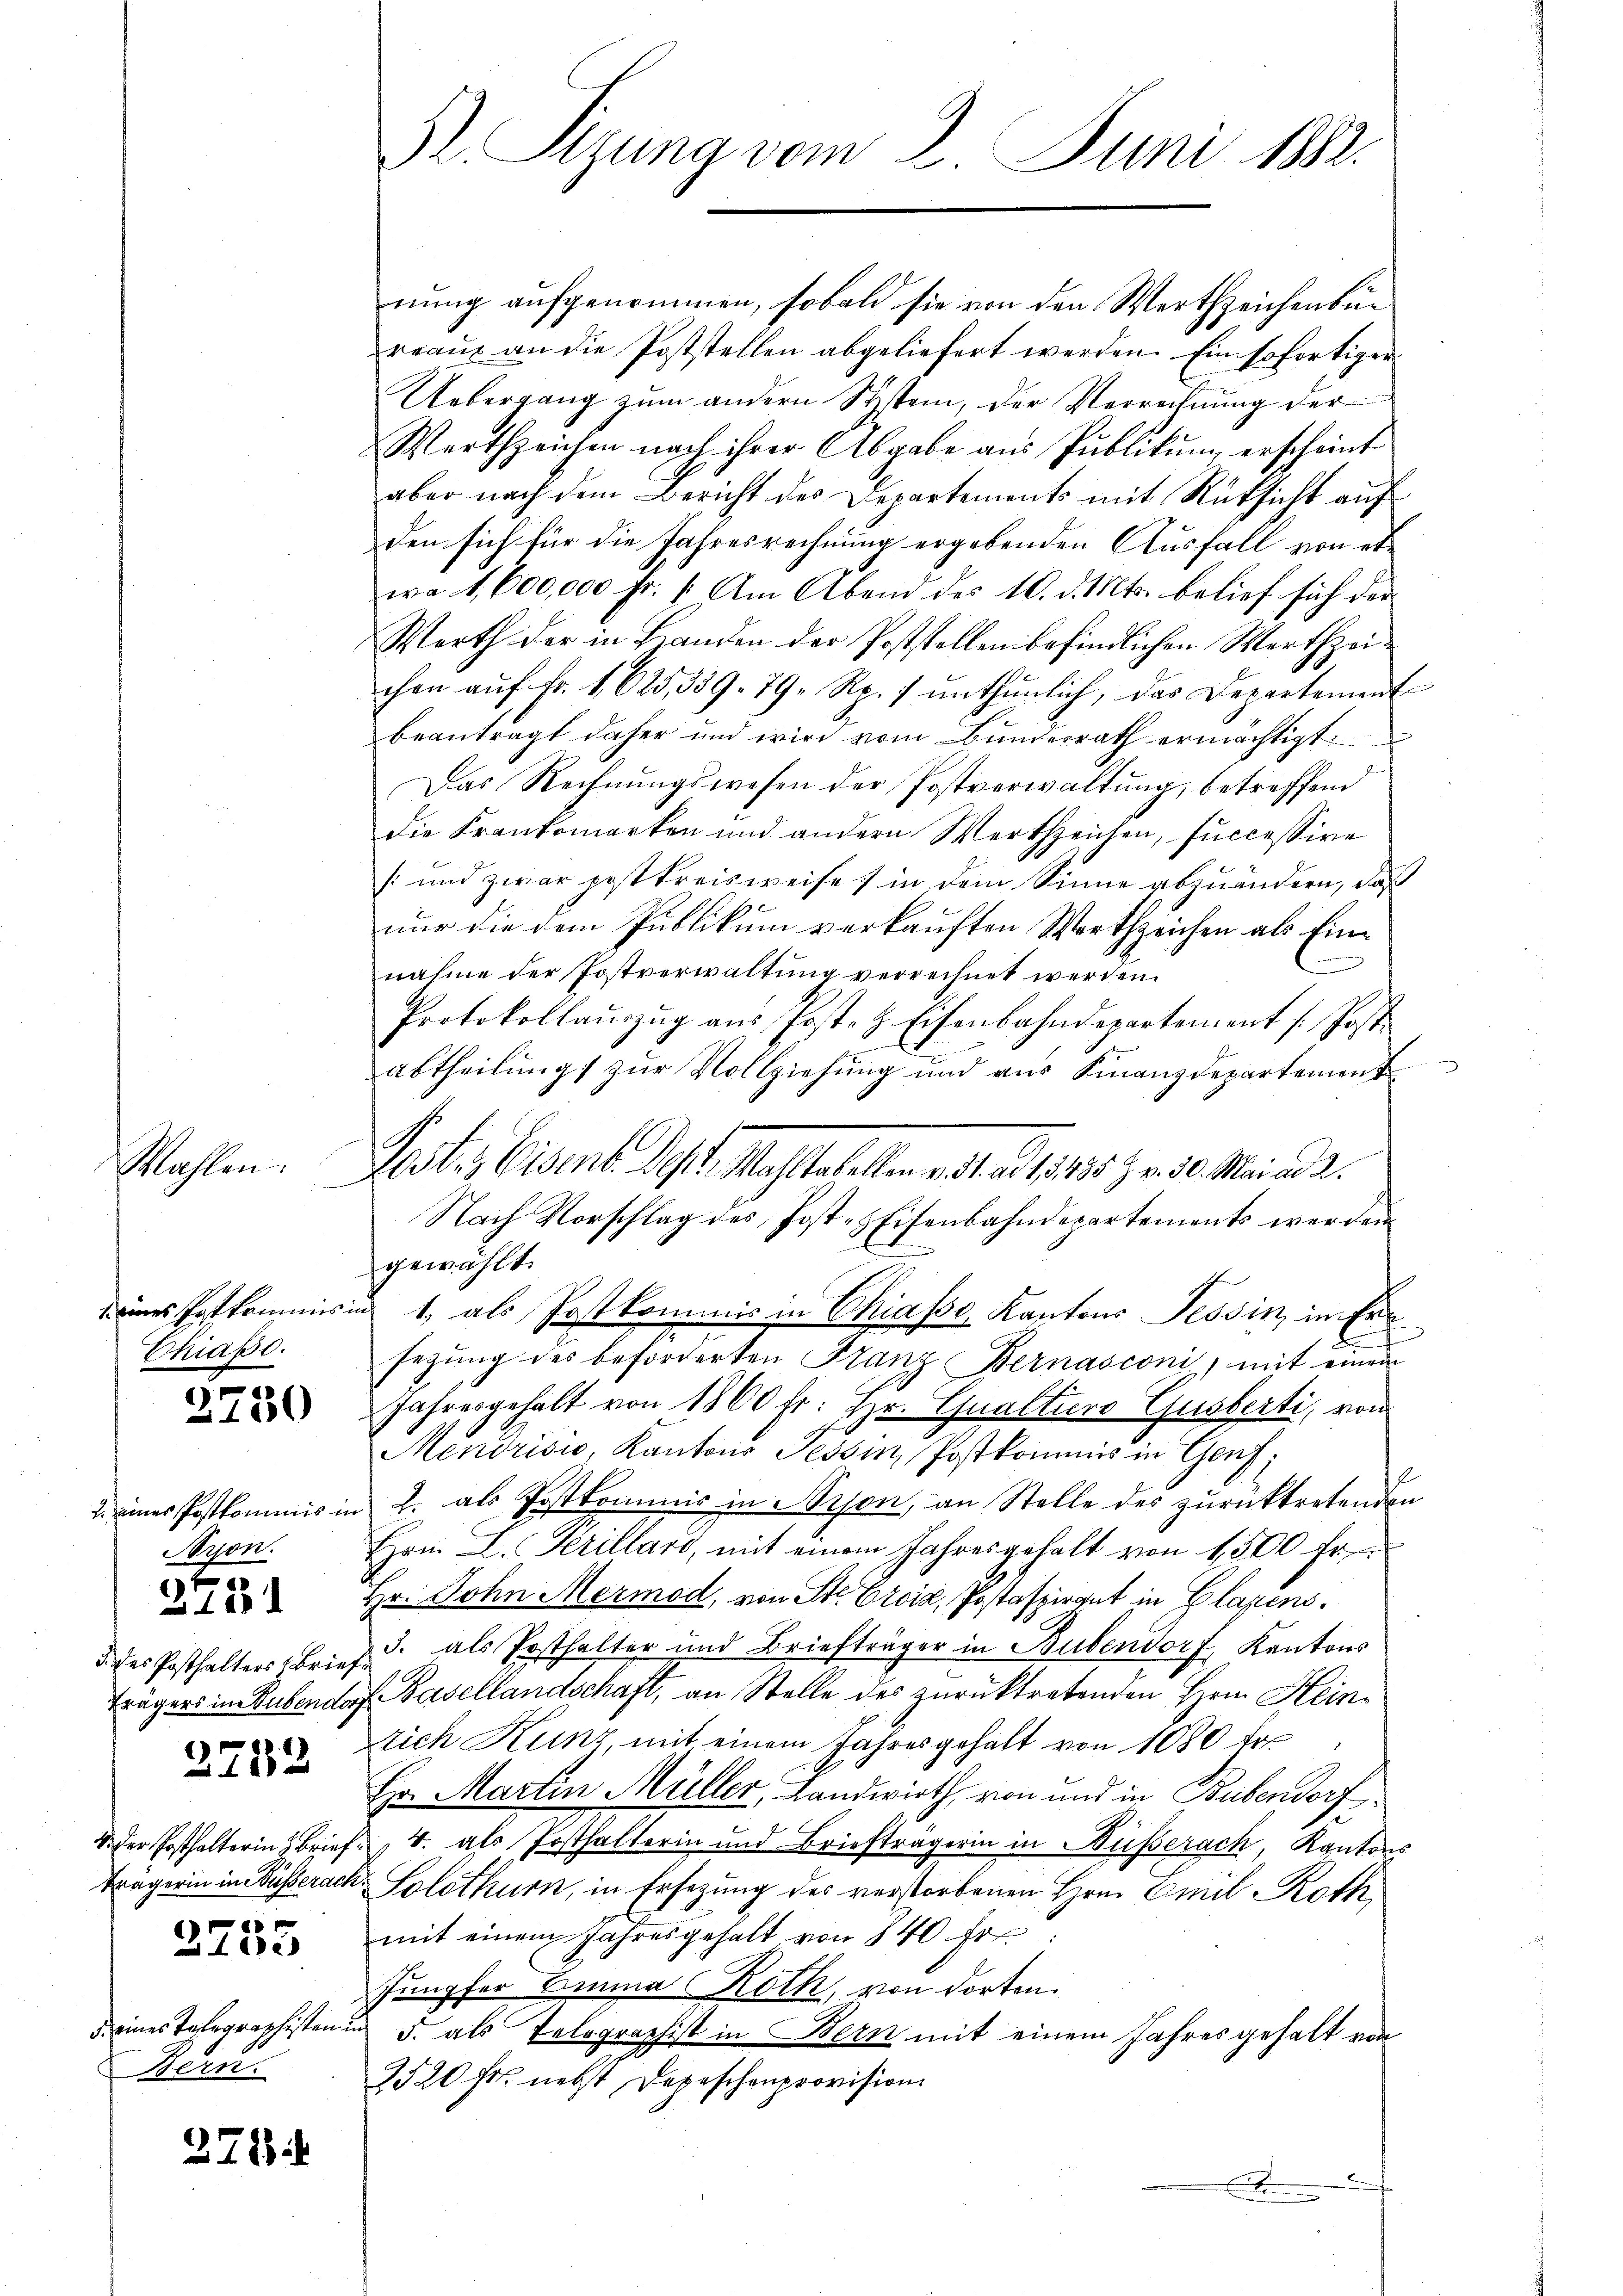
Gr. Sizung vom 2. Juni 1882.

nung aufgenommen, sobald sie von den Werthzeichenbur
reaŭs an die Poststellen abgeliefert werden. Ein sofortiger
Uebergang zŭm andern Stisten, der Verrechnŭng der
Wertzeichen nach ihrer Abgabe aŭs Pŭblikŭm erscheint
aber nach dem Bericht des Departements mit Rücksicht auf
den sich für die Jahresrechnung ergebenden Ausfall von etwa 1. 600,000 fr. 1. Am Abend des 10. d. Mts. belief sich der
Werth der in Handen der Poststellen befindlichen Werthzeichen aŭf Fr. 1623, 339. 79 Rp. 7 ŭnthŭnlich, das Departement
beantragt daher und wird vom Bundesrath ermächtigt.
Das Rechnungswesen der Postverwaltung, betreffend
die Krankomarken und andern Wertszeichen, successive
[und zwar postkreisweise in dem Sinne abzuändern, daß
nur die dem Publikum verkauften Wortzeichen als Einnahme der Postverwaltung verrechnet werden.
Protokollaŭszŭg aŭs Post- & Eisenbahndepartement / Post.
abtheilŭng zŭr Vollziehŭng und aŭs Finanzdepartement
Asti, bist dest. Mastabellen ad 1. d. 1. 1835. 7 v. 30. Maind 2.
Nach Vorschlag des Jost, Eisenbahndepartements werden
gewählt.
eines Festkommissin 1, als Postkommis in Chiasso, Kantons Tessin, in Ersezung des beforderten Franz Bernasconi, mit einem
Jahresgehalt von 1860 fr. Hr. Qualturo Gusberti, von
Mendrisi, Kantons Tessin, Postkommis in Genf.
2. eines Postkommis in u. als Postkommis in Mison, an Stelle des zurücktretenden
Hrn. L. Serillard, mit einem Jahresgehalt von 1500 Fr.
Hr. John Mermod, von St. Croix, Postaspirgut in Glasens
ddes Posthalters Brief als Posthalter und Briefträger in Bubendorf, Kantons
Trägers in Subendorf Basellandschaft, an Stelle des zurücktretenden Hrn. Heinprich Kunz, mit einem Jahresgehalt von 1080 Fr.
Hr. Martin Müller, Landwirth, von und in Bubendorf
 der Posthalterin Brief v. als Posthalterin und Briefträgerin in Nüsserach, Kantons
trägerin in Busserach Solothurn, in Ersezung des verstorbenen Hrn. Emil Roth
mit einem Jahresgehalt von 840 Fr.
Jungfer Emma Roth, von dorten.
in 5. als Telegraphist in Bern mit einem Jahres gehalt von
2520 fr. nebst Depeschenprovision
.

Wahlen.

Chias.

2750

Aron.

9
18

2732

2755

5. eines Topographisten.
Bern.

371